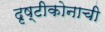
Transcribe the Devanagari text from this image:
दृष्टीकोनाची